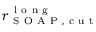
r _ { \mathrm { ~ S ~ O ~ A ~ P ~ , ~ c ~ u ~ t ~ } } ^ { \mathrm { ~ l ~ o ~ n ~ g ~ } }